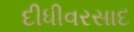
દીધીવરસાદ